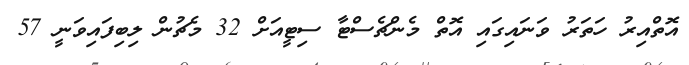
އޮތްއިރު ހަތަރު ވަނައިގައި އޮތް މެންޗެސްޓާ ސިޓީއަށް 32 މެޗުން ލިބިފައިވަނީ 57